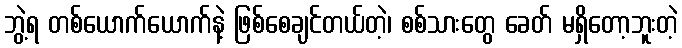
ဘွဲ့ရ တစ်ယောက်ယောက်နဲ့ ဖြစ်စေချင်တယ်တဲ့၊ စစ်သားတွေ ခေတ် မရှိတော့ဘူးတဲ့